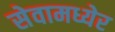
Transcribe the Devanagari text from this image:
सेवामध्येर